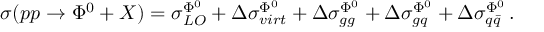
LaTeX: \sigma ( p p \to \Phi ^ { 0 } + X ) = \sigma _ { L O } ^ { \Phi ^ { 0 } } + \Delta \sigma _ { v i r t } ^ { \Phi ^ { 0 } } + \Delta \sigma _ { g g } ^ { \Phi ^ { 0 } } + \Delta \sigma _ { g q } ^ { \Phi ^ { 0 } } + \Delta \sigma _ { q \bar { q } } ^ { \Phi ^ { 0 } } \, .